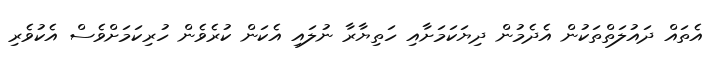
އެތައް ދައުލަތްތަކުން އެދެމުން ދިޔަކަމަށާއި ހަތިޔާރާ ނުލައި އެކަން ކުރެވެން ހުރިކަމަށްވެސް އެކުވެރި